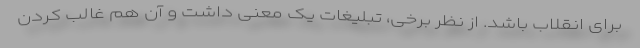
برای انقلاب باشد. از نظر برخی، تبلیغات یک معنی داشت و آن هم غالب کردن